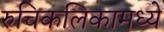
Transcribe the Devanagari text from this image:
रुचिकलिकामध्ये